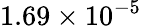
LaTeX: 1.69\times 10^{-5}